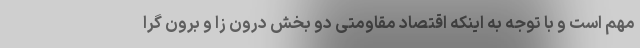
مهم است و با توجه به اینکه اقتصاد مقاومتی دو بخش درون زا و برون گرا